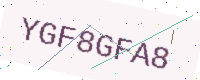
Text: YGF8GFA8